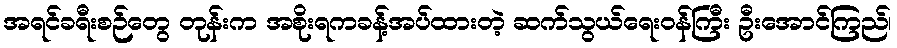
အရင်ခရီးစဉ်တွေ တုန်းက အစိုးရကခန့်အပ်ထားတဲ့ ဆက်သွယ်ရေးဝန်ကြီး ဦးအောင်ကြည်၊